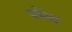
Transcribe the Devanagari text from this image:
पॉल।